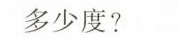
多少度?